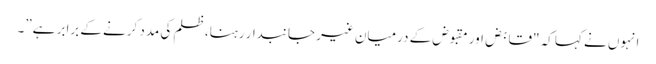
انہوں نے کہا کہ "قابض اور مقبوض کے درمیان غیر جانبدار رہنا، ظلم کی مدد کرنے کے برابر ہے”۔